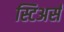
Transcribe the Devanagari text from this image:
स्टिअर्स